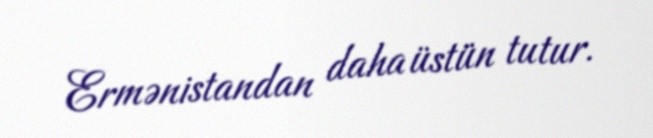
Ermənistandan daha üstün tutur.